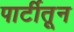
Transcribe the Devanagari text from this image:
पार्टीतून